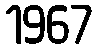
1967